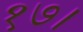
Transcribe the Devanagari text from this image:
१७।